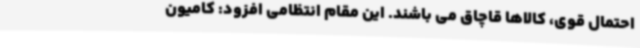
احتمال قوی، کالاها قاچاق می باشند. این مقام انتظامی افزود: کامیون